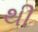
થી